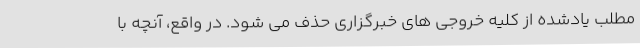
مطلب یادشده از کلیه خروجی های خبرگزاری حذف می شود. در واقع، آنچه با